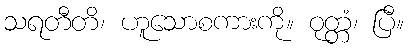
သရတီတိ၊ ဟူသောစကားကို။ ဝုတ္တံ၊ ပြီ။